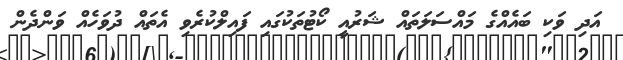
އަދި ވަކި ބައެއްގެ މައްސަލަތައް ޝަރުއީ ކޯޓުތަކުގައި ފައިލްކުރެވި އެތައް ދުވަހެއް ވަންދެން